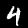
Digit: 4